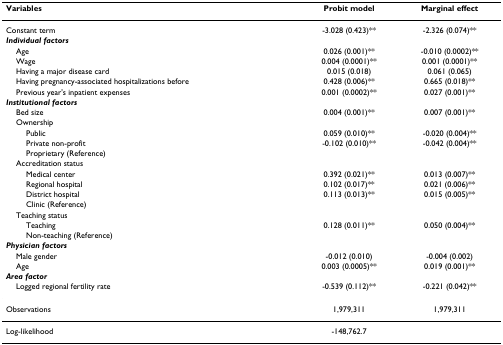
<table><thead><tr><td><b>Variables</b></td><td><b>Probit model</b></td><td><b>Marginal effect</b></td></tr></thead><tbody><tr><td>Constant term</td><td>-3.028 (0.423)**</td><td>-2.326 (0.074)**</td></tr><tr><td><i><b>Individual factors</b></i></td><td></td><td></td></tr><tr><td> Age</td><td>0.026 (0.001)**</td><td>-0.010 (0.0002)**</td></tr><tr><td> Wage</td><td>0.004 (0.0001)**</td><td>0.001 (0.0001)**</td></tr><tr><td> Having a major disease card</td><td>0.015 (0.018)</td><td>0.061 (0.065)</td></tr><tr><td> Having pregnancy-associated hospitalizations before</td><td>0.428 (0.006)**</td><td>0.665 (0.018)**</td></tr><tr><td> Previous year&#x27;s inpatient expenses</td><td>0.001 (0.0002)**</td><td>0.027 (0.001)**</td></tr><tr><td><i><b>Institutional factors</b></i></td><td></td><td></td></tr><tr><td> Bed size</td><td>0.004 (0.001)**</td><td>0.007 (0.001)**</td></tr><tr><td> Ownership</td><td></td><td></td></tr><tr><td>Public</td><td>0.059 (0.010)**</td><td>-0.020 (0.004)**</td></tr><tr><td>Private non-profit</td><td>-0.102 (0.010)**</td><td>-0.042 (0.004)**</td></tr><tr><td>Proprietary (Reference)</td><td></td><td></td></tr><tr><td> Accreditation status</td><td></td><td></td></tr><tr><td>Medical center</td><td>0.392 (0.021)**</td><td>0.013 (0.007)**</td></tr><tr><td>Regional hospital</td><td>0.102 (0.017)**</td><td>0.021 (0.006)**</td></tr><tr><td>District hospital</td><td>0.113 (0.013)**</td><td>0.015 (0.005)**</td></tr><tr><td>Clinic (Reference)</td><td></td><td></td></tr><tr><td> Teaching status</td><td></td><td></td></tr><tr><td>Teaching</td><td>0.128 (0.011)**</td><td>0.050 (0.004)**</td></tr><tr><td>Non-teaching (Reference)</td><td></td><td></td></tr><tr><td><i><b>Physician factors</b></i></td><td></td><td></td></tr><tr><td> Male gender</td><td>-0.012 (0.010)</td><td>-0.004 (0.002)</td></tr><tr><td> Age</td><td>0.003 (0.0005)**</td><td>0.019 (0.001)**</td></tr><tr><td><i><b>Area factor</b></i></td><td></td><td></td></tr><tr><td> Logged regional fertility rate</td><td>-0.539 (0.112)**</td><td>-0.221 (0.042)**</td></tr><tr><td>Observations</td><td>1,979,311</td><td>1,979,311</td></tr><tr><td>Log-likelihood</td><td>-148,762.7</td><td></td></tr></tbody></table>